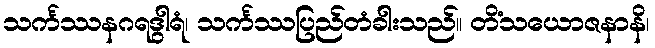
သင်္ကဿနဂရဒွါရံ၊ သင်္ကဿပြည်တံခါးသည်။ တိံသယောဇနာနိ၊